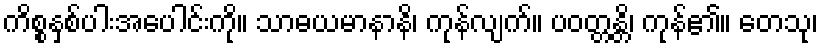
ကိစ္စနှစ်ပါးအပေါင်းကို။ သာဓယမာနာနိ၊ ကုန်လျက်။ ပဝတ္တန္တိ၊ ကုန်၏။ တေသု၊